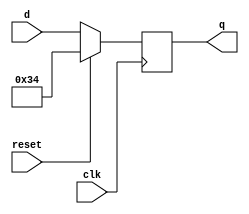
module top_module (
    input clk,
    input reset,
    input [7:0] d,
    output [7:0] q
);
    always @(negedge clk)begin
        if(reset) q <= 8'h34; //0x means hexadecimal
        else q <= d;
    end
endmodule